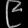
Digit: ၉